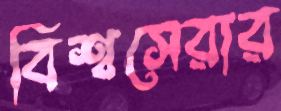
বিশ্বসেরার